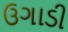
ઉગાડી